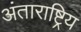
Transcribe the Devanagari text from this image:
अंताराष्ट्रिय